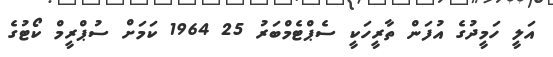
އަލީ ހަމީދުގެ އުފަން ތާރީހަކީ ސެޕްޓެމްބަރު 25 1964 ކަމަށް ސުޕްރީމް ކޯޓުގެ